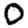
Digit: 0